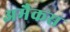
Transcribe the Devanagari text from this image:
अमैकस